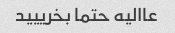
عاالیه حتما بخرییید